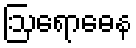
ဩရောဓေန